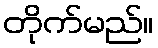
တိုက်မည်။